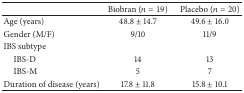
<table><thead><tr><td><b> </b></td><td><b>Biobran (<i>n</i> = 19)</b></td><td><b>Placebo (<i>n</i> = 20)</b></td></tr></thead><tbody><tr><td>Age (years)</td><td>48.8 ± 14.7</td><td>49.6 ± 16.0</td></tr><tr><td>Gender (M/F) </td><td>9/10 </td><td>11/9 </td></tr><tr><td>IBS subtype</td><td> </td><td> </td></tr><tr><td> IBS-D</td><td>14</td><td>13</td></tr><tr><td> IBS-M</td><td>5</td><td>7</td></tr><tr><td>Duration of disease (years) </td><td>17.8 ± 11.8</td><td>15.8 ± 10.1</td></tr></tbody></table>